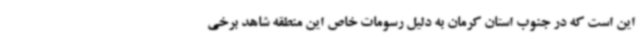
این است که در جنوب استان کرمان به دلیل رسومات خاص این منطقه شاهد برخی